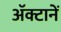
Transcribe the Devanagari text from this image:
अॅक्टानें